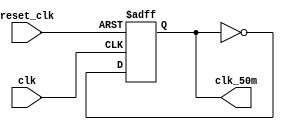
`timescale 1ns / 1ps
//////////////////////////////////////////////////////////////////////////////////
// Company: 
// Engineer: 
// 
// Design Name: 
// Module Name: Lab3a
// Project Name: 
// Target Devices: 
// Tool Versions: 
// Description: 
// 
// Dependencies: 
// 
// Revision:
// Revision 0.01 - File Created
// Additional Comments:
// 
//////////////////////////////////////////////////////////////////////////////////


module clk_50m_generator(clk, reset_clk, clk_50m);
    input clk, reset_clk;
    output wire clk_50m;
    reg [1:0] counter;  
    reg clk_reg;
    wire clk_next;
    
    always @(posedge clk, posedge reset_clk)
          if (reset_clk)
             begin
                clk_reg <= 1'b0;
             end
          else
             begin
                clk_reg <= clk_next;
             end
    
       assign clk_next = ~clk_reg;
       assign clk_50m = clk_reg;
    
endmodule